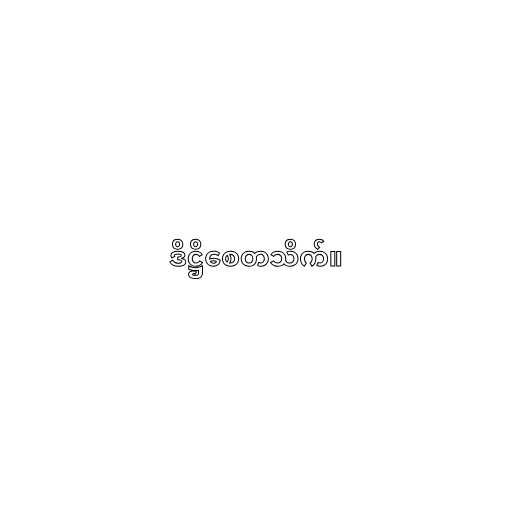
ဒိဋ္ဌိစေတသိက်။